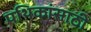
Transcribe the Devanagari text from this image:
पथिकांसाठी